Report of the Indian Hemp Drugs Commission, 1894-1895 - Volume I
Year: 1894
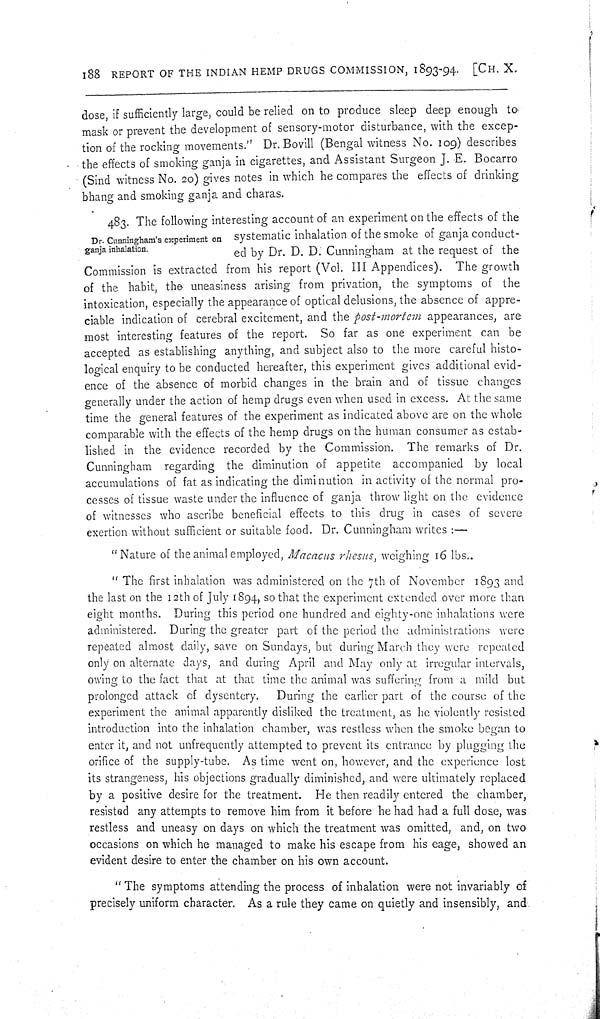
188 REPORT OF THE INDIAN HEMP DRUGS COMMISSION, 1893-94. [CH. X.
dose, if sufficiently large, could be relied on to produce sleep deep enough to
mask or prevent the development of sensory-motor disturbance, with the excep-
tion of the rocking movements." Dr. Bovill (Bengal witness No. 109) describes
the effects of smoking ganja in cigarettes, and Assistant Surgeon J. E. Bocarro
(Sind witness No. 20) gives notes in which he compares the effects of drinking
bhang and smoking ganja and charas.
Dr. Cunningham's experiment on
ganja inhalation.
483. The following interesting account of an experiment on the effects of the
systematic inhalation of the smoke of ganja conduct-
ed by Dr. D. D. Cunningham at the request of the
Commission is extracted from his report (Vol. III Appendices). The growth
of the habit, the uneasiness arising from privation, the symptoms of the
intoxication, especially the appearance of optical delusions, the absence of appre-
ciable indication of cerebral excitement, and the post-mortem appearances, are
most interesting features of the report. So far as one experiment can be
accepted as establishing anything, and subject also to the more careful histo-
logical enquiry to be conducted hereafter, this experiment gives additional evid-
ence of the absence of morbid changes in the brain and of tissue changes
generally under the action of hemp drugs even when used in excess. At the same
time the general features of the experiment as indicated above are on the whole
comparable with the effects of the hemp drugs on the human consumer as estab-
lished in the evidence recorded by the Commission. The remarks of Dr.
Cunningham regarding the diminution of appetite accompanied by local
accumulations of fat as indicating the diminution in activity of the normal pro-
cesses of tissue waste under the influence of ganja throw light on the evidence
of witnesses who ascribe beneficial effects to this drug in cases of severe
exertion without sufficient or suitable food. Dr. Cunningham writes:—
"Nature of the animal employed, Macacus rhesus, weighing 16 lbs..
"The first inhalation was administered on the 7th of November 1893 and
the last on the 12th of July 1894, so that the experiment extended over more than
eight months. During this period one hundred and eighty-one inhalations were
administered. During the greater part of the period the administrations were
repeated almost daily, save on Sundays, but during March they were repeated
only on alternate days, and during April and May only at irregular intervals,
owing to the fact that at that time the animal was suffering from a mild but
prolonged attack of dysentery. During the earlier part of the course of the
experiment the animal apparently disliked the treatment, as he violently resisted
introduction into the inhalation chamber, was restless when the smoke began to
enter it, and not unfrequently attempted to prevent its entrance by plugging the
orifice of the supply-tube. As time went on, however, and the experience lost
its strangeness, his objections gradually diminished, and were ultimately replaced
by a positive desire for the treatment. He then readily entered the chamber,
resisted any attempts to remove him from it before he had had a full dose, was
restless and uneasy on days on which the treatment was omitted, and, on two
occasions on which he managed to make his escape from his eage, showed an
evident desire to enter the chamber on his own account.
"The symptoms attending the process of inhalation were not invariably of
precisely uniform character. As a rule they came on quietly and insensibly, and